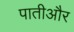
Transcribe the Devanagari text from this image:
पातीऔर